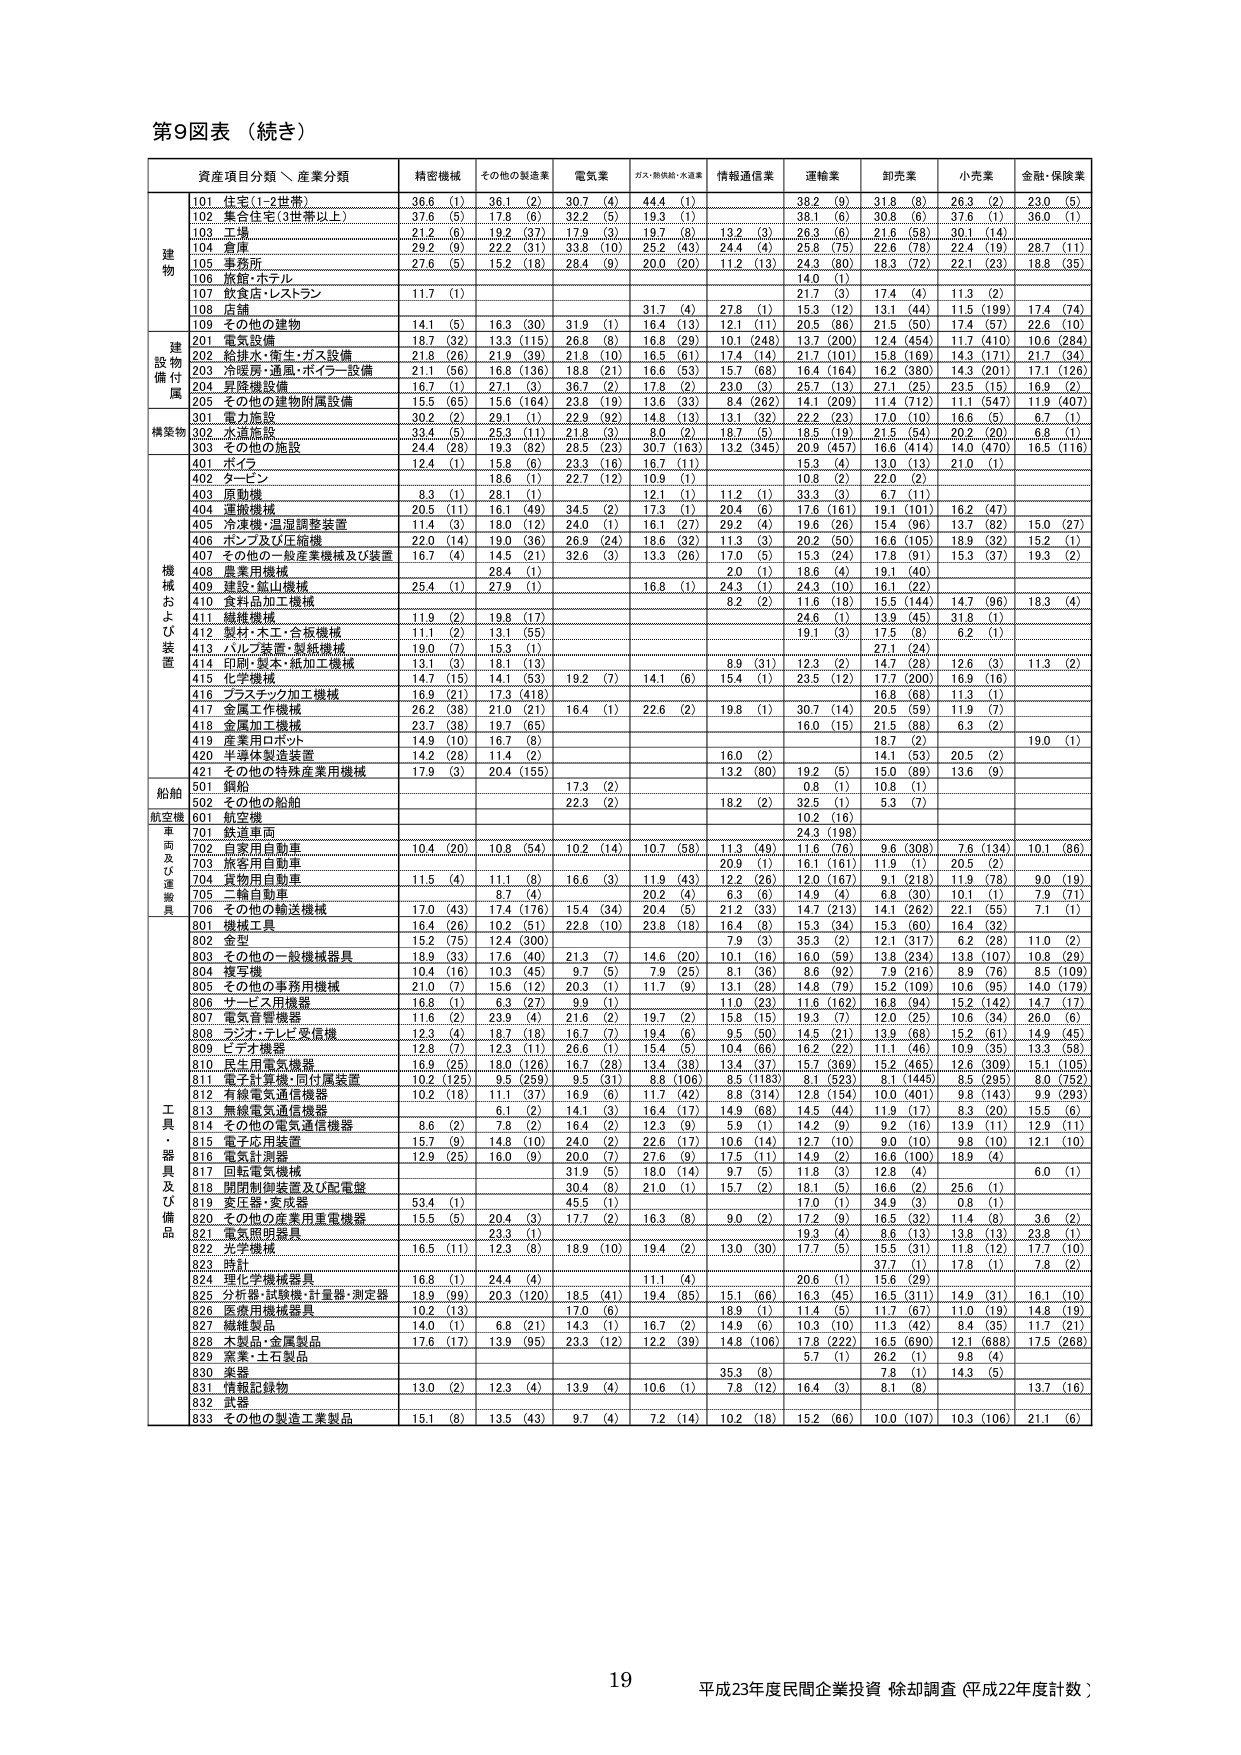
第9図表（続き）

資産項目分類、産業分類　精密機械　その他の製造業　電気業　ガス・熱供給・水道業　情報通信業　運輸業　卸売業　小売業　金融・保険業

建物
101 住宅(1-2世帯)　36.6 (1)　36.1 (2)　30.7 (4)　44.4 (1)　38.2 (9)　31.8 (8)　26.3 (2)　23.0 (5)
102 集合住宅(3世帯以上)　37.6 (5)　17.8 (6)　32.2 (5)　19.3 (1)　38.1 (6)　30.8 (6)　37.6 (1)　36.0 (1)
103 工場　21.2 (6)　19.2 (37)　17.9 (3)　19.7 (8)　13.2 (3)　26.3 (6)　21.6 (58)　30.1 (14)
104 倉庫　29.2 (9)　22.2 (31)　33.8 (10)　25.2 (43)　24.4 (4)　25.8 (75)　22.6 (78)　22.4 (19)　28.7 (11)
105 事務所　27.6 (5)　15.2 (18)　28.4 (9)　20.0 (20)　11.2 (13)　24.3 (80)　18.3 (72)　22.1 (23)　18.8 (35)
106 旅館・ホテル　14.0 (1)
107 飲食店・レストラン　11.7 (1)
108 店舗　31.7 (4)　27.8 (1)　15.3 (12)　13.1 (44)　11.5 (199)　17.4 (74)
109 その他の建物　14.1 (5)　16.3 (30)　31.9 (1)　16.4 (13)　12.1 (11)　20.5 (86)　21.5 (50)　17.4 (57)　22.6 (10)

建設物附属
201 電気設備　18.7 (32)　13.3 (115)　26.8 (8)　16.8 (29)　10.1 (248)　13.7 (200)　12.4 (454)　11.7 (410)　10.6 (284)
202 給排水・衛生・ガス設備　21.8 (26)　21.9 (39)　21.8 (10)　16.5 (61)　17.4 (14)　21.7 (101)　15.8 (169)　14.3 (171)　21.7 (34)
203 冷暖房・通風・ボイラー設備　21.1 (56)　16.8 (136)　18.8 (21)　16.6 (53)　15.7 (68)　16.4 (164)　16.2 (380)　14.3 (201)　17.1 (126)
204 昇降機設備　16.7 (1)　27.1 (3)　36.7 (2)　17.8 (2)　23.0 (3)　25.7 (13)　27.1 (25)　23.5 (15)　16.9 (2)
205 その他の建物附属設備　15.5 (65)　15.6 (164)　23.8 (19)　13.6 (33)　8.4 (262)　14.1 (209)　11.4 (712)　11.1 (547)　11.9 (407)

構築物
301 電力施設　30.2 (2)　29.1 (1)　22.9 (92)　14.8 (13)　13.1 (32)　22.2 (23)　17.0 (10)　16.6 (5)　6.7 (1)
302 水道施設　33.4 (5)　25.3 (11)　21.8 (3)　8.0 (2)　8.7 (5)　18.5 (19)　21.5 (54)　20.2 (20)　8.8 (1)
303 その他の施設　24.4 (28)　19.3 (82)　28.5 (23)　30.7 (163)　13.2 (345)　20.9 (457)　16.6 (414)　14.0 (470)　16.5 (116)

機械および装置
401 ボイラー　12.4 (1)　15.8 (6)　23.3 (16)　16.7 (11)　15.3 (4)　13.0 (13)　21.0 (1)
402 タービン　18.6 (1)　22.7 (12)　10.9 (1)　10.6 (2)　22.0 (2)
403 原動機　8.3 (1)　26.1 (1)　12.1 (1)　11.2 (1)　33.3 (3)　6.7 (11)
404 運搬機械　20.5 (11)　16.1 (49)　34.5 (2)　17.3 (1)　20.4 (6)　17.6 (161)　19.1 (101)　16.2 (47)
405 冷凍機・温湿調整装置　11.4 (3)　18.0 (12)　24.0 (1)　16.1 (27)　29.2 (4)　19.6 (26)　15.4 (96)　13.7 (82)　15.0 (27)
406 ポンプ及び圧縮機　22.0 (14)　19.0 (36)　26.9 (24)　18.6 (32)　11.3 (3)　20.2 (50)　16.6 (105)　18.9 (32)　15.2 (1)
407 その他の一般産業機械及び装置　16.7 (4)　14.5 (21)　32.6 (3)　13.3 (26)　17.0 (5)　15.3 (24)　17.8 (91)　15.3 (37)　19.3 (2)
408 農業用機械　28.4 (1)　2.0 (1)　18.6 (4)　19.1 (40)
409 建設・鉱山機械　25.4 (1)　27.9 (1)　16.8 (1)　24.3 (1)　24.3 (10)　16.1 (22)
410 食料品加工機械　8.2 (2)　11.6 (18)　15.5 (144)　14.7 (96)　18.3 (4)
411 繊維機械　11.9 (2)　19.8 (17)　24.6 (1)　13.9 (45)　31.8 (1)
412 製材・木工・合板機械　11.1 (2)　13.1 (55)　19.1 (3)　17.5 (8)　6.2 (1)
413 パルプ装置・製紙機械　19.0 (7)　15.3 (1)　27.1 (24)
414 印刷・製本・紙加工機械　13.1 (3)　18.1 (13)　8.9 (31)　12.3 (2)　14.7 (28)　12.6 (3)　11.3 (2)
415 化学機械　14.7 (15)　14.1 (53)　19.2 (7)　14.1 (6)　15.4 (1)　23.5 (12)　17.7 (200)　16.9 (16)
416 プラスチック加工機械　16.9 (21)　17.3 (418)　16.8 (68)　11.3 (1)
417 金属工作機械　26.2 (38)　21.0 (21)　16.4 (1)　22.6 (2)　19.8 (1)　30.7 (14)　20.5 (59)　11.9 (7)
418 金属加工機械　23.7 (38)　19.7 (65)　16.0 (15)　21.5 (88)　6.3 (2)
419 産業用ロボット　14.9 (10)　16.7 (8)　18.7 (2)
420 半導体製造装置　14.2 (28)　11.4 (2)　16.0 (2)　14.1 (53)　20.5 (2)　19.0 (1)
421 その他の特殊産業用機械　17.9 (3)　20.4 (155)　13.2 (80)　19.2 (5)　15.0 (89)　13.6 (9)

船舶
501 鋼船　17.3 (2)　0.8 (1)　10.8 (1)
502 その他の船舶　22.3 (2)　18.2 (2)　32.5 (1)　5.3 (7)

航空機
601 航空機　10.2 (16)　10.2 (198)

車両及び運搬具
701 鉄道車両　24.3 (198)
702 自家用自動車　10.4 (20)　10.8 (54)　10.2 (14)　10.7 (58)　11.3 (49)　11.6 (76)　9.8 (308)　7.6 (134)　10.1 (86)
703 旅客用自動車　20.9 (1)　16.1 (161)　11.9 (1)　20.5 (2)
704 貨物用自動車　11.5 (4)　11.1 (8)　16.6 (3)　11.9 (43)　12.2 (26)　12.0 (167)　9.1 (218)　11.9 (78)　9.0 (19)
705 二輪自動車　8.7 (4)　20.2 (4)　6.3 (6)　14.9 (4)　6.8 (30)　10.1 (1)　7.9 (71)
706 その他の輸送機械　17.0 (43)　17.4 (176)　15.4 (34)　20.4 (5)　21.2 (33)　14.7 (213)　14.1 (262)　22.1 (55)　7.1 (1)

工具・器具及び備品
801 機械工具　16.4 (26)　10.2 (51)　22.8 (10)　23.8 (18)　16.4 (8)　15.3 (34)　15.3 (60)　16.4 (32)
802 金型　15.2 (75)　12.4 (300)　7.9 (3)　35.3 (2)　12.1 (317)　6.2 (26)　11.0 (2)
803 その他の一般機械器具　18.9 (33)　17.6 (40)　21.3 (7)　14.6 (20)　10.1 (16)　16.0 (59)　13.8 (234)　13.6 (107)　10.6 (29)
804 捜査機　10.4 (16)　10.3 (45)　9.7 (5)　7.9 (25)　8.1 (36)　8.6 (92)　7.9 (216)　8.9 (76)　8.5 (109)
805 その他の事務用機械　21.0 (7)　15.6 (12)　20.3 (1)　11.7 (9)　13.1 (28)　14.8 (79)　15.2 (109)　10.6 (95)　14.0 (179)
806 サービス用機器　16.8 (1)　6.3 (27)　9.9 (1)　11.0 (23)　11.6 (162)　16.8 (94)　15.2 (142)　14.7 (17)
807 電気音響機器　11.6 (2)　23.9 (4)　21.6 (2)　19.7 (2)　15.8 (15)　19.3 (7)　12.0 (25)　10.6 (34)　26.0 (6)
808 ラジオ・テレビ受信機　12.3 (4)　18.7 (18)　16.7 (7)　19.4 (6)　9.5 (50)　14.5 (21)　13.9 (68)　15.2 (61)　14.9 (45)
809 ビデオ機器　12.8 (7)　12.3 (11)　26.6 (1)　15.4 (5)　10.4 (66)　16.2 (22)　11.1 (46)　10.9 (35)　13.3 (58)
810 民生用電気機器　16.9 (25)　18.0 (126)　16.7 (28)　13.4 (38)　13.4 (37)　15.7 (369)　15.2 (465)　12.6 (309)　15.1 (105)
811 電子計算機・同付属装置　10.2 (125)　9.5 (259)　9.5 (31)　8.8 (106)　8.5 (183)　8.1 (523)　8.1 (1445)　8.5 (295)　8.0 (752)
812 有線電気通信機器　10.2 (18)　11.1 (37)　16.9 (6)　11.7 (42)　8.8 (314)　12.8 (154)　10.0 (401)　9.8 (143)　9.9 (293)
813 無線電気通信機器　6.1 (2)　14.1 (3)　16.4 (17)　14.9 (68)　14.5 (44)　11.9 (17)　8.3 (20)　15.5 (6)
814 その他の電気通信機器　8.6 (2)　7.8 (2)　16.4 (2)　12.3 (9)　5.9 (1)　14.2 (9)　9.2 (16)　13.9 (11)　12.9 (11)
815 電子応用装置　15.7 (9)　14.8 (10)　24.0 (2)　22.6 (17)　10.6 (14)　12.7 (10)　9.0 (10)　9.8 (10)　12.1 (10)
816 電気計測器　12.9 (25)　16.0 (9)　20.0 (7)　27.6 (9)　17.5 (11)　14.9 (2)　16.6 (100)　18.9 (4)
817 回転電気機械　31.9 (5)　18.0 (14)　9.7 (5)　11.8 (3)　12.8 (4)　6.0 (1)
818 開閉制御装置及び配電盤　30.4 (8)　21.0 (1)　15.7 (2)　18.1 (5)　16.6 (2)　25.6 (1)
819 変圧器・変成器　53.4 (1)　45.5 (1)　17.0 (1)　34.9 (3)　0.8 (1)
820 その他の産業用重電機器　15.5 (5)　20.4 (3)　17.7 (2)　16.3 (8)　9.0 (2)　17.2 (9)　16.5 (32)　11.4 (8)　3.6 (2)
821 電気照明器具　23.3 (1)　19.3 (4)　8.6 (13)　13.8 (13)　23.8 (1)
822 光学機械　16.5 (11)　12.3 (8)　18.9 (10)　19.4 (2)　13.0 (30)　17.7 (5)　15.5 (31)　11.8 (12)　17.7 (10)
823 時計　37.7 (1)　17.8 (1)　7.8 (2)
824 理化学機械器具　16.8 (1)　24.4 (4)　11.1 (4)　20.6 (1)　15.6 (29)
825 分析器・試験機・計量器・測定器　18.9 (99)　20.3 (120)　18.5 (41)　19.4 (85)　15.1 (66)　16.3 (45)　16.5 (311)　14.9 (31)　16.1 (10)
826 医療用機械器具　10.2 (13)　17.0 (6)　18.9 (1)　11.4 (5)　11.7 (67)　11.0 (19)　14.8 (19)
827 繊維製品　14.0 (1)　6.8 (21)　14.3 (1)　16.7 (2)　14.9 (6)　10.3 (10)　11.3 (42)　8.4 (35)　11.7 (21)
828 木製品・金属製品　17.6 (17)　13.9 (95)　23.3 (12)　12.2 (39)　14.8 (106)　17.8 (222)　16.5 (690)　12.1 (668)　17.5 (268)
829 窯業・土石製品　5.7 (1)　26.2 (1)　9.8 (4)
830 家具　35.3 (8)　7.8 (1)　14.3 (5)
831 情報記録物　13.0 (2)　12.3 (4)　13.9 (4)　10.6 (1)　7.6 (12)　16.4 (3)　8.1 (8)　13.7 (16)
832 武器　7.8 (1)
833 その他の製造工業製品　15.1 (8)　13.5 (43)　9.7 (4)　7.2 (14)　10.2 (18)　15.2 (66)　10.0 (107)　10.3 (106)　21.1 (6)

19
平成23年度民間企業投資 除却調査（平成22年度計数）